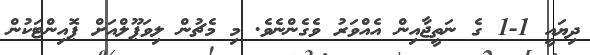
ދިޔައީ 1-1 ގެ ނަތީޖާއިން އެއްވަރު ވެގެންނެވެ. މި މެޗުން ލިވަޕޫލްއަށް ޕޮއިންޓަކުން